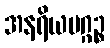
အနရိယမဂ္ဂဉ္စ